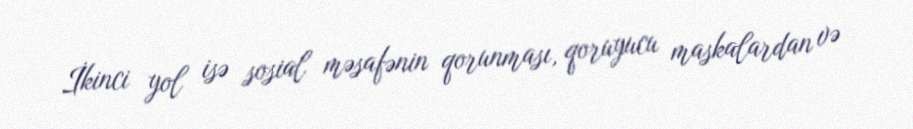
İkinci yol isə sosial məsafənin qorunması, qoruyucu maskalardan və